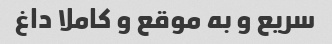
سریع و به موقع و کاملا داغ